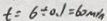
t = 6 \div 0 . 1 = 6 0 \min